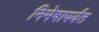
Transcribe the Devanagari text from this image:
निमेषापर्यंत